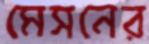
মেসনের